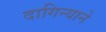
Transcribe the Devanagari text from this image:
दागिन्याने